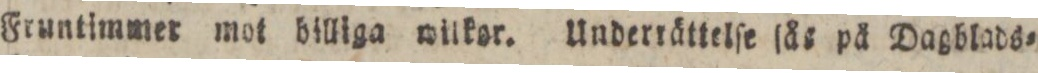
Fruntimmer mot billiga wilkor. Underrättelſe ſå: på Dagblads=